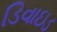
ડિવાઇડ